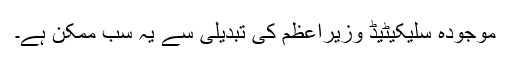
موجودہ سلیکیٹیڈ وزیراعظم کی تبدیلی سے یہ سب ممکن ہے۔